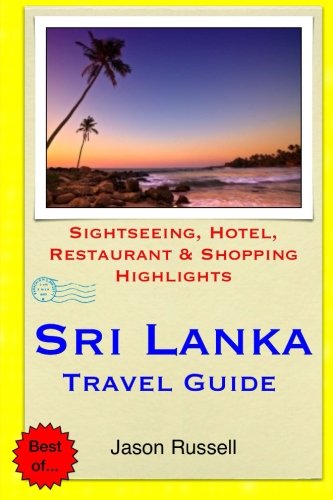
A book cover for Sri Lanka Travel Guide: Sightseeing, Hotel, Restaurant & Shopping Highlights; Jason Russell; Travel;